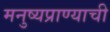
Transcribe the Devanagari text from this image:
मनुष्यप्राण्याची